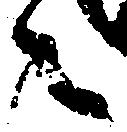
之